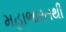
મહાભારતથી